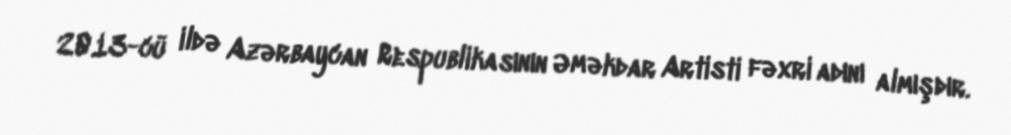
2013-cü ildə Azərbaycan Respublikasının Əməkdar Artisti fəxri adını almışdır.